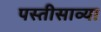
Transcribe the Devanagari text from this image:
पस्तीसाव्या